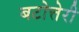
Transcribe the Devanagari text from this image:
बटोत्तेरी